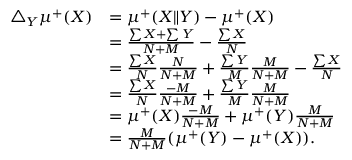
\begin{array} { r l } { \triangle _ { Y } \mu ^ { + } ( X ) } & { = \mu ^ { + } ( X \| Y ) - \mu ^ { + } ( X ) } \\ & { = \frac { \sum X + \sum Y } { N + M } - \frac { \sum X } { N } } \\ & { = \frac { \sum X } { N } \frac { N } { N + M } + \frac { \sum Y } { M } \frac { M } { N + M } - \frac { \sum X } { N } } \\ & { = \frac { \sum X } { N } \frac { - M } { N + M } + \frac { \sum Y } { M } \frac { M } { N + M } } \\ & { = \mu ^ { + } ( X ) \frac { - M } { N + M } + \mu ^ { + } ( Y ) \frac { M } { N + M } } \\ & { = \frac { M } { N + M } ( \mu ^ { + } ( Y ) - \mu ^ { + } ( X ) ) . } \end{array}